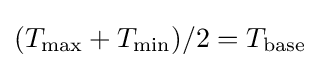
(T_{\mathrm {max} }+T_{\mathrm {min} })/2=T_{\mathrm {base} }